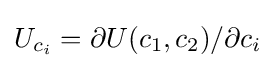
U_{c_{i}}=\partial U(c_{1},c_{2})/\partial {c_{i}}